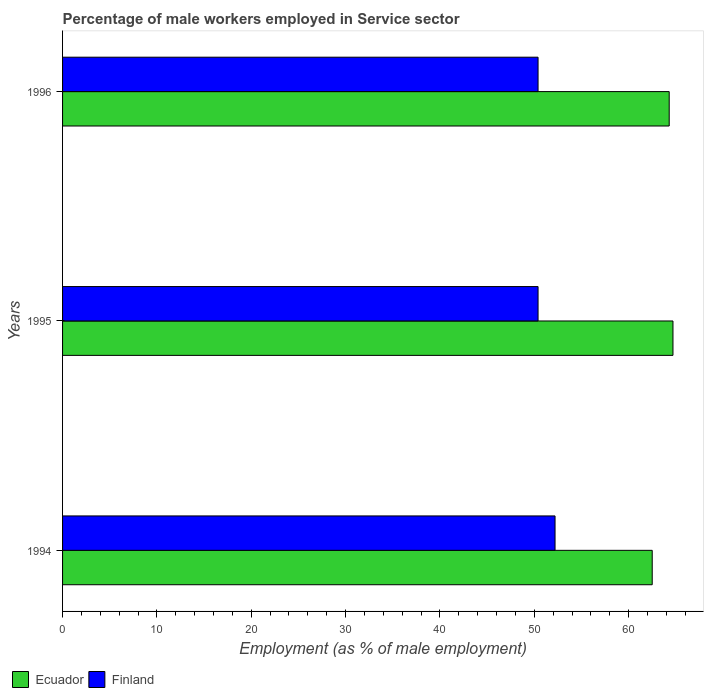
| Years | Ecuador | Finland |
 | --- | --- | --- |
 | 1994 | 62.5 | 52.2 |
 | 1995 | 64.7 | 50.4 |
 | 1996 | 64.3 | 50.4 |